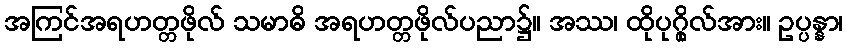
အကြင်အရဟတ္တဖိုလ် သမာဓိ အရဟတ္တဖိုလ်ပညာ၌။ အဿ၊ ထိုပုဂ္ဂိုလ်အား။ ဥပ္ပန္နာ၊